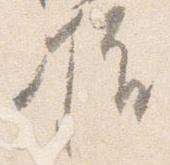
様